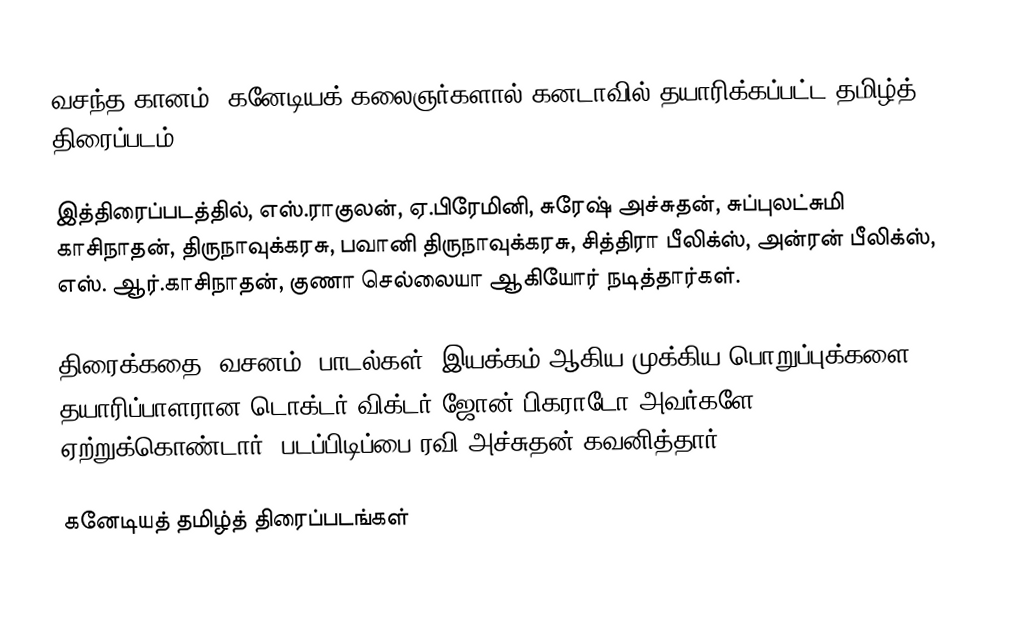
வசந்த கானம், கனேடியக் கலைஞர்களால் கனடாவில் தயாரிக்கப்பட்ட தமிழ்த் திரைப்படம்.

இத்திரைப்படத்தில், எஸ்.ராகுலன், ஏ.பிரேமினி, சுரேஷ் அச்சுதன், சுப்புலட்சுமி காசிநாதன், திருநாவுக்கரசு, பவானி திருநாவுக்கரசு, சித்திரா பீலிக்ஸ், அன்ரன் பீலிக்ஸ், எஸ். ஆர்.காசிநாதன், குணா செல்லையா ஆகியோர் நடித்தார்கள்.

திரைக்கதை, வசனம், பாடல்கள், இயக்கம் ஆகிய முக்கிய பொறுப்புக்களை தயாரிப்பாளரான டொக்டர் விக்டர் ஜோன் பிகராடோ அவர்களே ஏற்றுக்கொண்டார். படப்பிடிப்பை ரவி அச்சுதன் கவனித்தார்.

கனேடியத் தமிழ்த் திரைப்படங்கள்